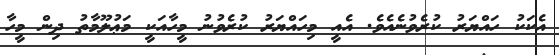
އެކަކު ހައްޔަރު ކުރެވުނެއެވެ. އެއީ މިހައްޔަރު ކުރެވުނު މީހާއަކީ މަޢުލޫމާތު ދިން މީހާ